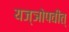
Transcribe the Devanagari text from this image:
यज्ञोपवीत्